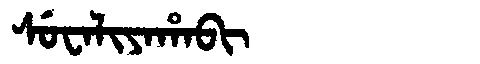
Manchu: ᠰᡠᠸᠠᠯᡳᠶᠠᡥᠠᠪᡳ
Romanization: SUWALIYAHABI